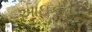
આઇકોટન